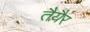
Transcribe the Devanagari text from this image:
तैयैर